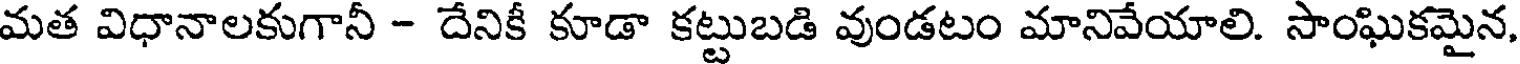
మత విధానాలకుగానీ - దేనికీ కూడా కట్టుబడి వుండటం మానివేయాలి. సాంఘికమైన,